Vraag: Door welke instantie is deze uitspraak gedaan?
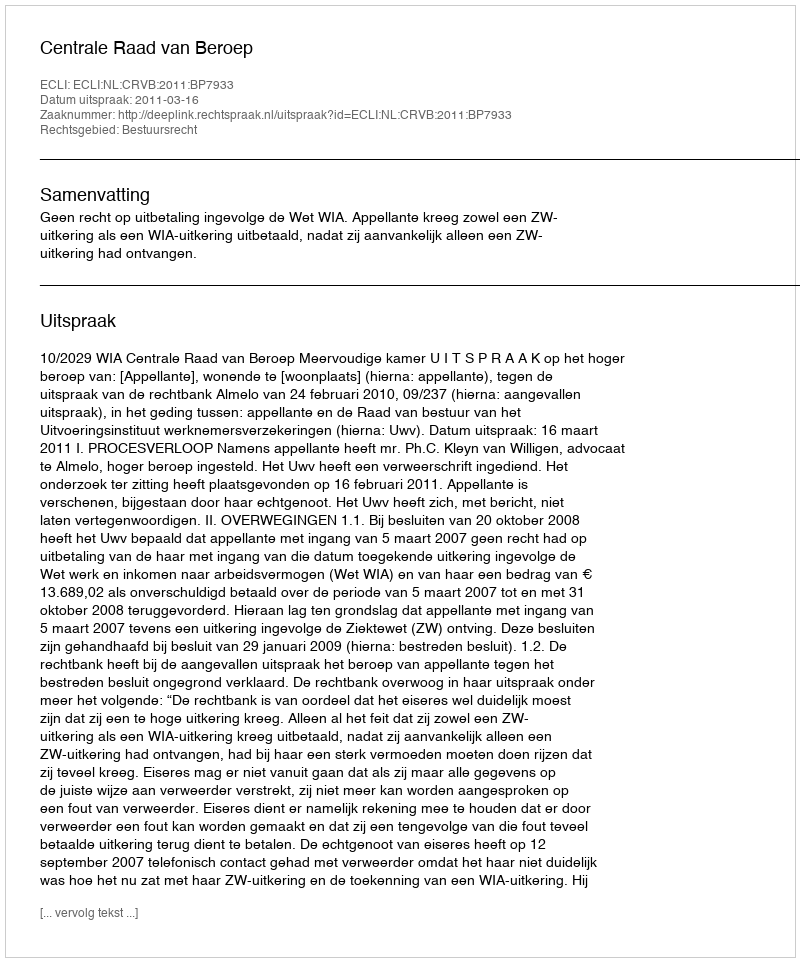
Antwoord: Centrale Raad van Beroep